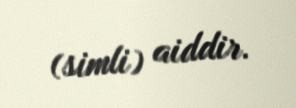
(simli) aiddir.